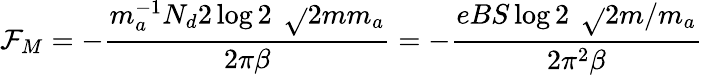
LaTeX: \mathcal{F}_{M}=-\frac{{m_{a}^{-1}N_{d}2\log2\, \ \sqrt{}{{2mm_{a}}}}}{{2\pi\beta}}=-\frac{{eBS\log2\, \ \sqrt{}{{2m/m_{a}}}}}{{2\pi^{2}\beta}}